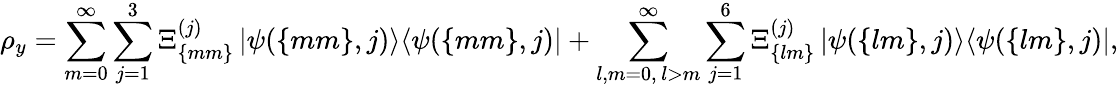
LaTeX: \rho_{y}=\sum_{m=0}^{\infty}\sum_{j=1}^{3}\Xi_{\{ mm\} }^{(j)}\left|\psi(\{ mm\} ,j)\middle>\middle<\psi(\{ mm\} ,j)\right|+\sum_{\substack{l,m=0,\, l>m}}^{\infty}\sum_{j=1}^{6}\Xi_{\{ lm\} }^{(j)}\left|\psi(\{ lm\} ,j)\middle>\middle<\psi(\{ lm\} ,j)\right|,